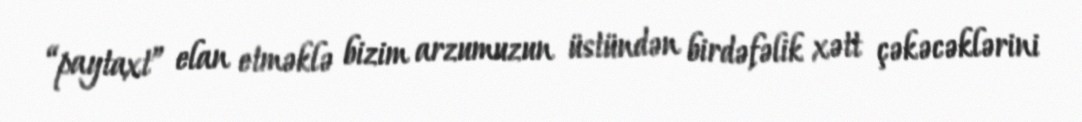
“paytaxt” elan etməklə bizim arzumuzun üstündən birdəfəlik xətt çəkəcəklərini